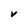
Character: V